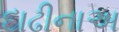
દાઢીનાઅ